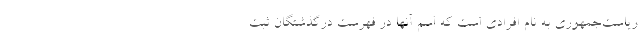
ریاست‌جمهوری به نام افرادی است که اسم آنها در فهرست درگذشتگان ثبت